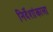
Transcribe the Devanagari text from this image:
निर्देशांकाला